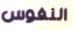
النفوس